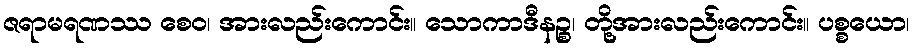
ဇရာမရဏဿ စေဝ၊ အားလည်းကောင်း။ သောကာဒီနဉ္စ၊ တို့အားလည်းကောင်း။ ပစ္စယော၊